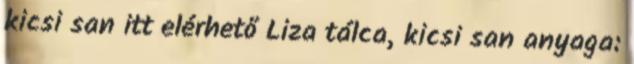
kicsi san itt elérhető Liza tálca, kicsi san anyaga: